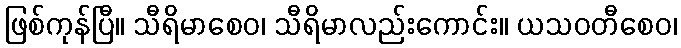
ဖြစ်ကုန်ပြီ။ သီရိမာစေဝ၊ သီရိမာလည်းကောင်း။ ယသဝတီစေဝ၊